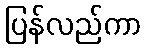
ပြန်လည်ကာ